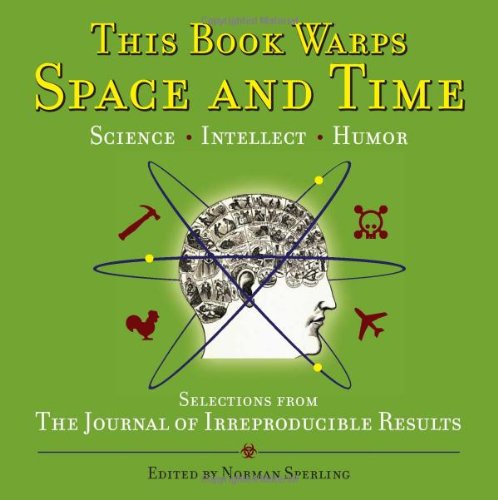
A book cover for This Book Warps Space and Time: Selections from The Journal of Irreproducible Results; Norman Sperling; Humor & Entertainment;